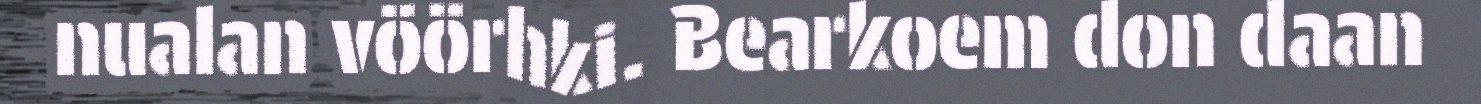
nualan vöörhki. Bearkoem don daan